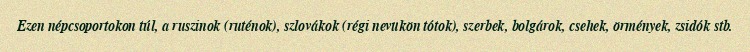
Ezen népcsoportokon túl, a ruszinok (ruténok), szlovákok (régi nevükön tótok), szerbek, bolgárok, csehek, örmények, zsidók stb.